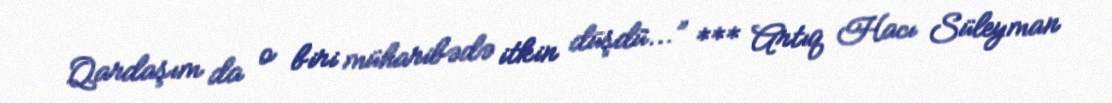
Qardaşım da o biri müharibədə itkin düşdü...” *** Artıq Hacı Süleyman